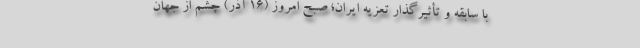
با سابقه و تأثیرگذار تعزیه ایران؛ صبح امروز (۱۶ آذر) چشم از جهان